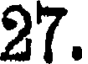
27.